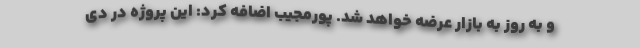
و به روز به بازار عرضه خواهد شد. پورمجیب اضافه کرد: این پروژه در دی